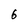
Character: 6